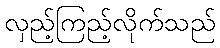
လှည့်ကြည့်လိုက်သည်